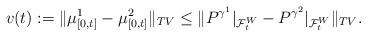
LaTeX: \begin{align*}v(t):= \|\mu^1_{[0,t]} - \mu^2_{[0,t]}\|_{TV} \le \|P^{\gamma^1}|_{{\cal F}^W_{t}} - P^{\gamma^2}|_{{\cal F}^W_{t}}\|_{TV}.\end{align*}